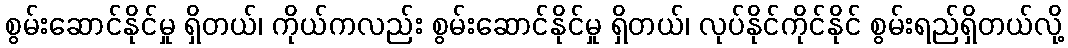
စွမ်းဆောင်နိုင်မှု ရှိတယ်၊ ကိုယ်ကလည်း စွမ်းဆောင်နိုင်မှု ရှိတယ်၊ လုပ်နိုင်ကိုင်နိုင် စွမ်းရည်ရှိတယ်လို့